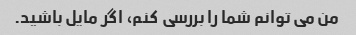
من می توانم شما را بررسی کنم، اگر مایل باشید.